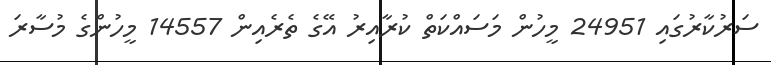
ސަރުކާރުގައި 24951 މީހުން މަސައްކަތް ކުރާއިރު އޭގެ ތެރެއިން 14557 މީހުންގެ މުސާރަ